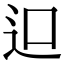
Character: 𨑕